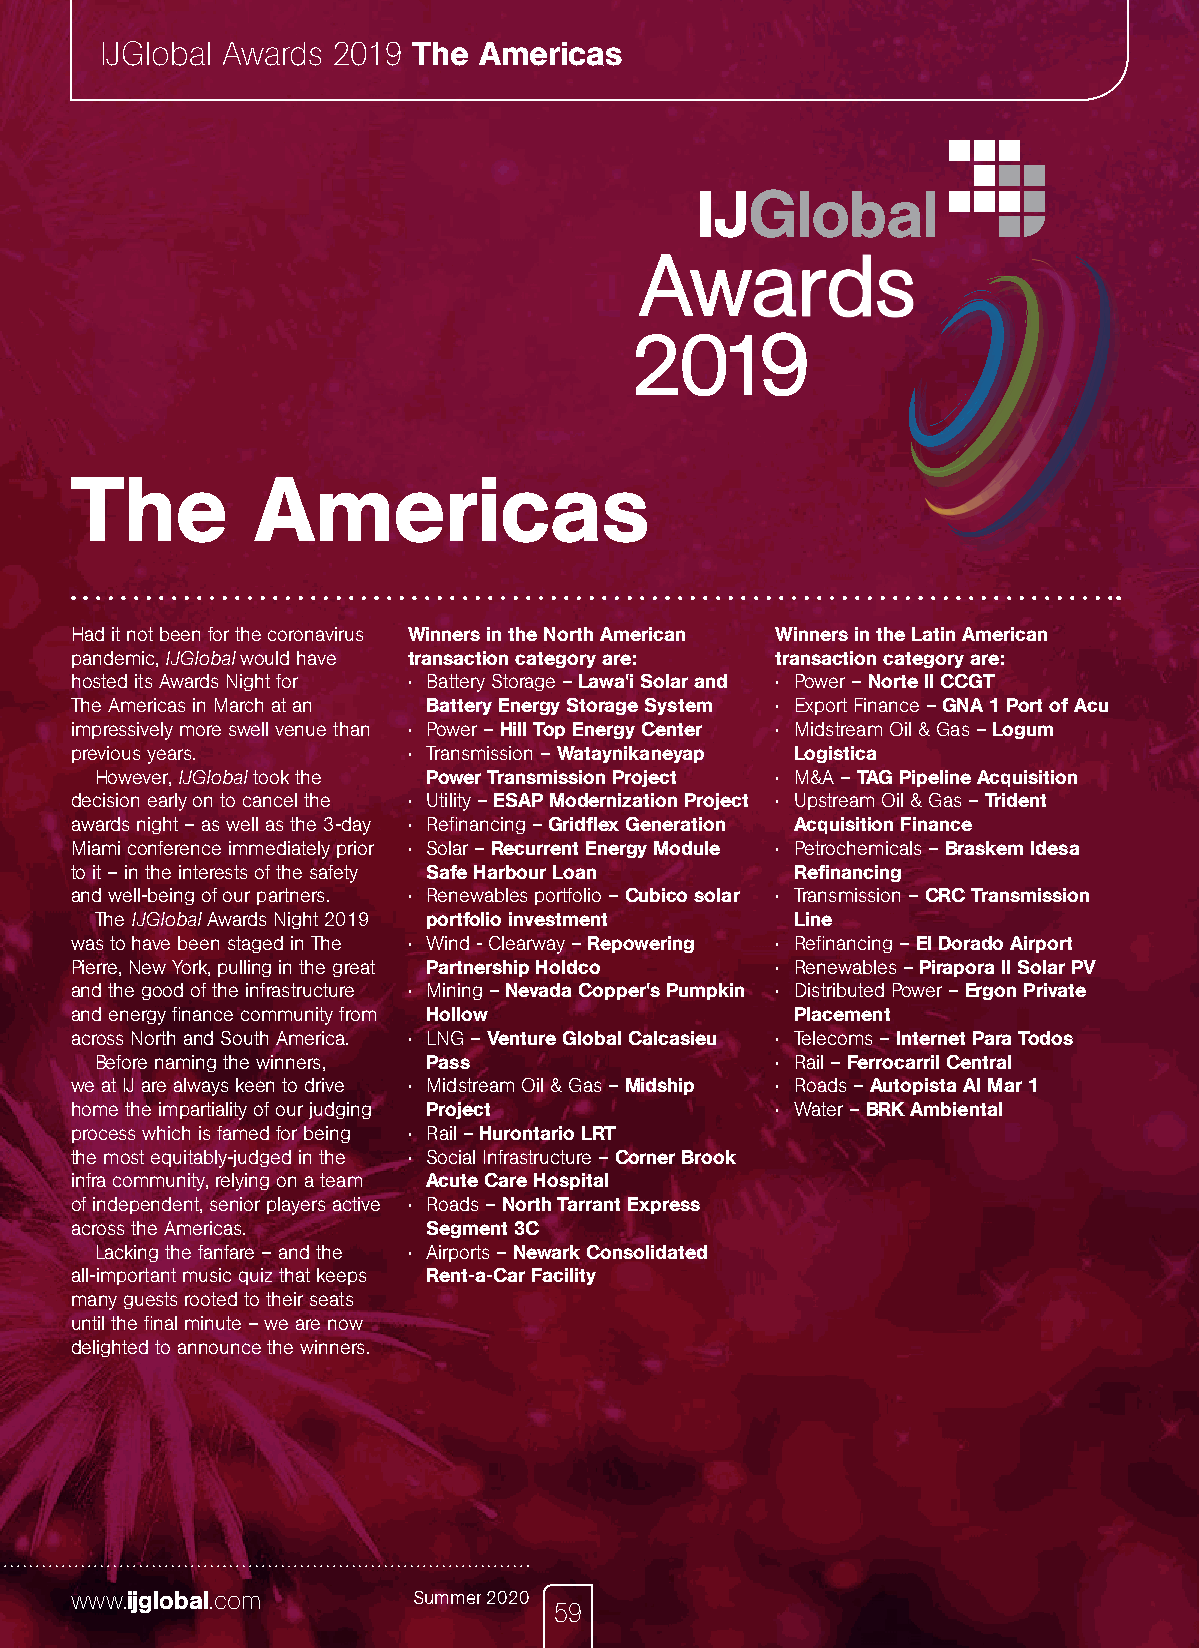
IJGlobal Awards 2019 The Americas
 The         Americas
 Had it not been for the coronavirus Winners in the North American Winners in the Latin American
 pandemic, IJGlobal would have transaction category are: transaction category are:
 hosted its Awards Night for • Battery Storage – Lawa'i Solar and • Power – Norte II CCGT
 The Americas in March at an Battery Energy Storage System • Export Finance – GNA 1 Port of Acu
 impressively more swell venue than • Power – Hill Top Energy Center • Midstream Oil & Gas – Logum
 previous years.       • Transmission – Wataynikaneyap Logistica
 However, IJGlobal took the Power Transmission Project • M&A – TAG Pipeline Acquisition
 decision early on to cancel the • Utility – ESAP Modernization Project • Upstream Oil & Gas – Trident
 awards night – as well as the 3-day • Refinancing – Gridflex Generation Acquisition Finance
 Miami conference immediately prior • Solar – Recurrent Energy Module • Petrochemicals – Braskem Idesa
 to it – in the interests of the safety Safe Harbour Loan Refinancing
 and well-being of our partners. • Renewables portfolio – Cubico solar • Transmission – CRC Transmission
 The IJGlobal Awards Night 2019 portfolio investment Line
 was to have been staged in The • Wind - Clearway – Repowering • Refinancing – El Dorado Airport
 Pierre, New York, pulling in the great Partnership Holdco • Renewables – Pirapora II Solar PV
 and the good of the infrastructure • Mining – Nevada Copper's Pumpkin • Distributed Power – Ergon Private
 and energy finance community from Hollow        Placement
 across North and South America. • LNG – Venture Global Calcasieu • Telecoms – Internet Para Todos
 Before naming the winners, Pass              • Rail – Ferrocarril Central
 we at IJ are always keen to drive • Midstream Oil & Gas – Midship • Roads – Autopista Al Mar 1
 home the impartiality of our judging Project  • Water – BRK Ambiental
 process which is famed for being • Rail – Hurontario LRT
 the most equitably-judged in the • Social Infrastructure – Corner Brook
 infra community, relying on a team Acute Care Hospital
 of independent, senior players active • Roads – North Tarrant Express
 across the Americas.   Segment 3C
 Lacking the fanfare – and the • Airports – Newark Consolidated
 all-important music quiz that keeps Rent-a-Car Facility
 many guests rooted to their seats
 until the final minute – we are now
 delighted to announce the winners.
 www.ijglobal.com      Summer 2020
 59